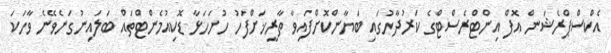
އެކްސްޕްރެޝަން އޮފް އިންޓްރެސްޓްގެ ކަރުދާހުގައި ބަޔާންކޮށްފައިވާ ތާރީޚަށްފަހު ހުށަހަޅާ ޑޮކިއުމެންޓްތައް ބަލައިނުގަނެވޭނެ ވާހަަކަ